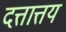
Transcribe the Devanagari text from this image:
दत्तात्तय